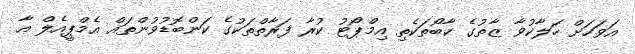
އަވަހަށް ހަލާކުވާ ޒާތުގެ ކާބޯތަކެތި އިމްޕޯޓު ކުރާ ފަރާތްތަކުގެ ކަންބޮޑުވުންތައް އެމްޕީއެލް އާ